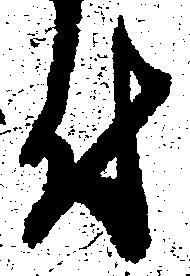
付